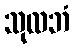
သုလဘံ